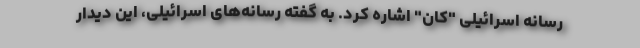
رسانه اسرائیلی "کان" اشاره کرد. به گفته رسانه‌های اسرائیلی، این دیدار